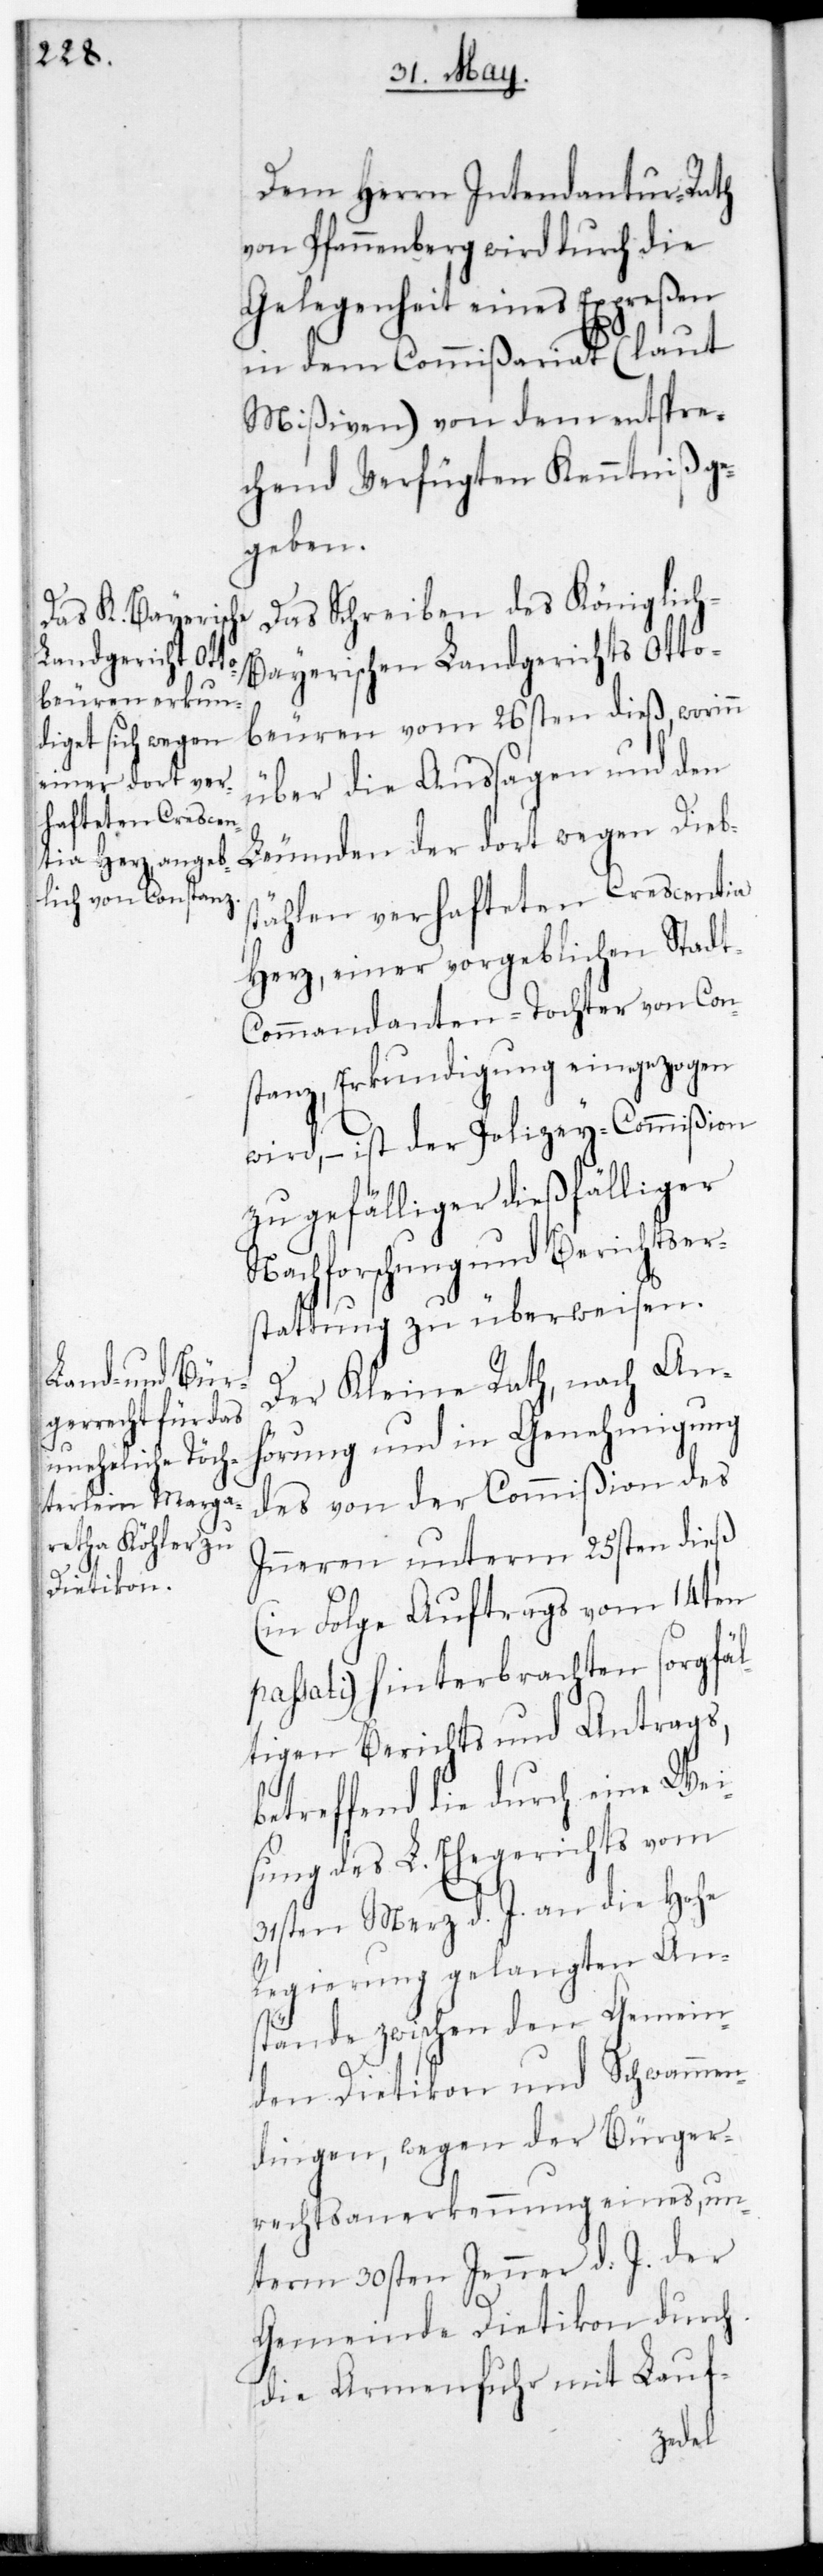
Dem Herrn Intendantur-Rath
von Pfannenberg wird durch die
Gelegenheit eines Expreßen
in dem Commißariat (laut
Mißiven) von dem entspre¬
chend Verfügten Kenntniß ge¬
geben.
Das Schreiben des Königlic¬
h-Bayerischen Landgerichts Otto¬
beuren vom 26sten dieß, worinn
über die Außagen und den
tählen verhafteten Crescentia
Herz, einer vorgeblichen Stadt¬
commandanten-Tochter von Con¬
stanz, Erkundigungen eingezogen
wird, – ist der Polizey-Commißion
zu gefälliger dießfälliger
Nachforschung und Berichtser¬
stattung zu überweisen.
Der Kleine Rath, nach An¬
hörung und in Genehmigung
des von der Commißion des
Inneren unterm 25sten dieß
(in Folge Auftrags vom 14ten
passati) hinterbrachten sorgfäl¬
tigen Berichts und Antrags,
betreffend die durch eine Wei¬
sung des L. Ehegerichts vom
31sten Merz d. J. an die Hohe
Regierung gelangten An¬
stände zwischen den Gemein¬
den Dietikon und Schwammen¬
dingen, wegen der Bürger¬
rechts-Anerkennung eines un¬
term 30sten Jenner d. J. der
Gemeinde Dietikon durch
die Armenfuhr mit Lauf-
Diebs¬